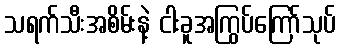
သရက်သီးအစိမ်းနဲ့ ငါးခူအကြွပ်ကြော်သုပ်